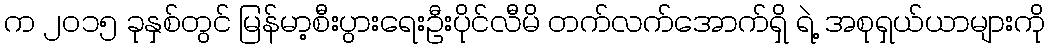
က ၂၀၁၅ ခုနှစ်တွင် မြန်မာ့စီးပွားရေးဦးပိုင်လီမိ တက်လက်အောက်ရှိ ရဲ့ အစုရှယ်ယာများကို